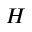
H